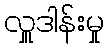
လှူဒါန်းမှု